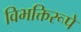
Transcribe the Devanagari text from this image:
विभक्तिरूपे